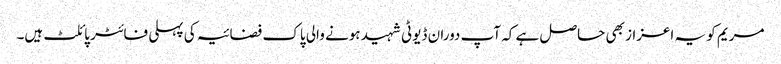
مریم کو یہ اعزاز بھی حاصل ہے کہ آپ دوران ڈیوٹی شہید ہونے والی پاک فضائیہ کی پہلی فائٹر پائلٹ ہیں۔